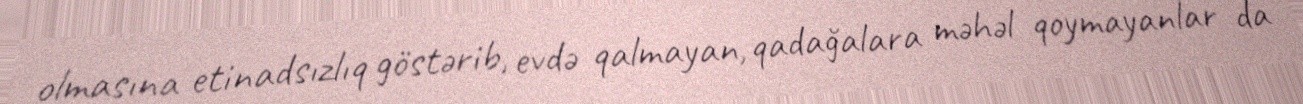
olmasına etinadsızlıq göstərib, evdə qalmayan, qadağalara məhəl qoymayanlar da